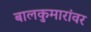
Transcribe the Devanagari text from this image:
बालकुमारांवर